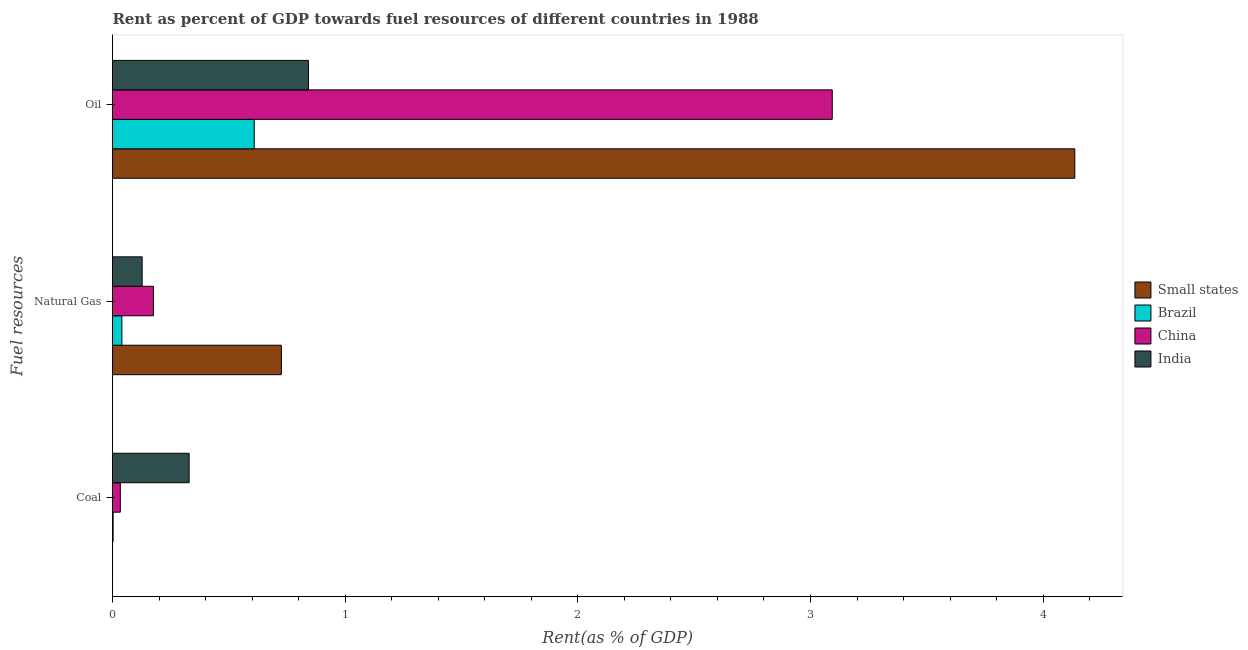
| Fuel resources | Small states | Brazil | China | India |
 | --- | --- | --- | --- | --- |
 | Coal | 3.92e-05 | 0.00264 | 0.0337 | 0.329 |
 | Natural Gas | 0.726 | 0.0402 | 0.176 | 0.127 |
 | Oil | 4.14 | 0.609 | 3.09 | 0.842 |